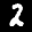
Label: 2